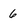
Character: 6